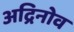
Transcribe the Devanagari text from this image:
अद्रिनोव